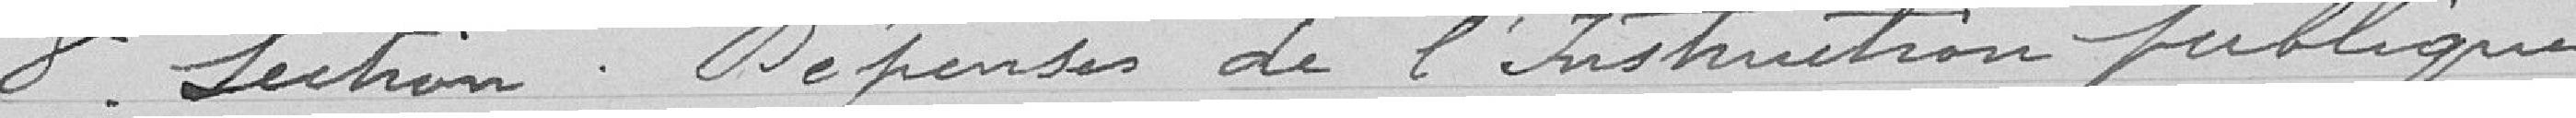
8° Section Dépenses de l'Instruction publique